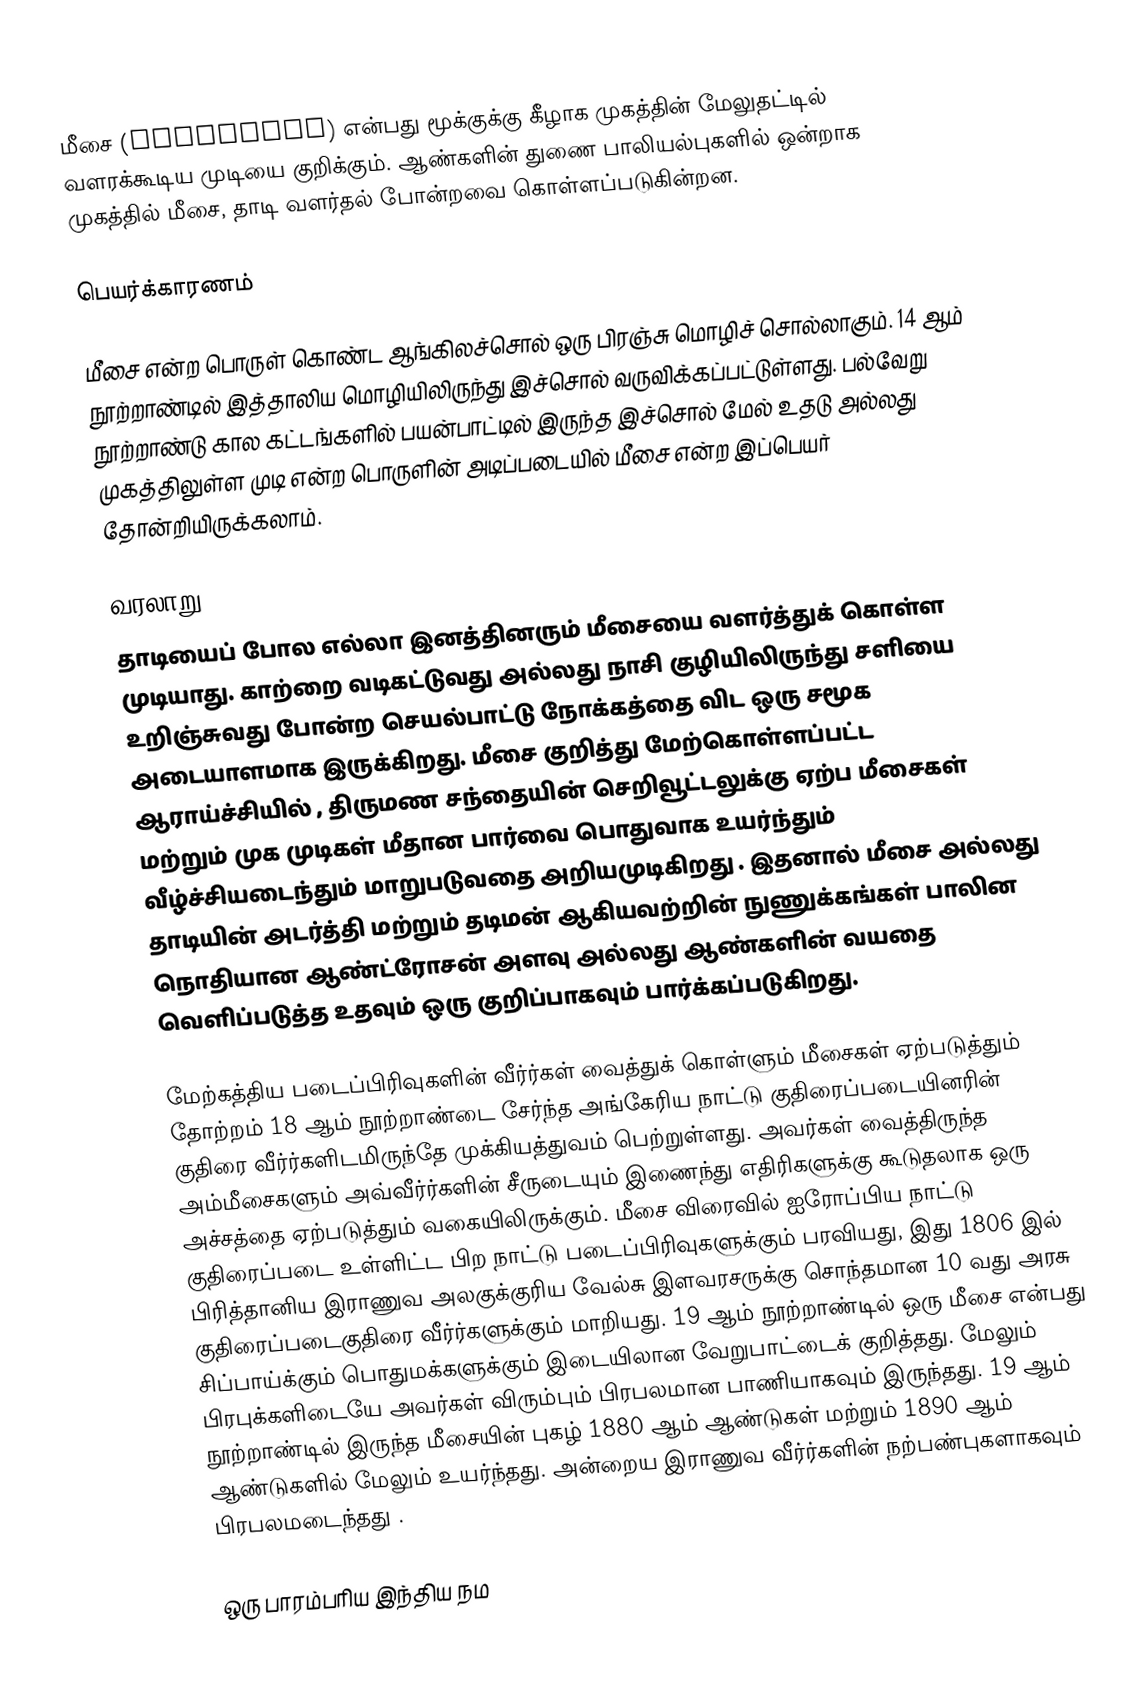
மீசை (Moustache) என்பது மூக்குக்கு கீழாக முகத்தின் மேலுதட்டில் வளரக்கூடிய முடியை குறிக்கும். ஆண்களின் துணை பாலியல்புகளில் ஒன்றாக முகத்தில் மீசை, தாடி வளர்தல் போன்றவை கொள்ளப்படுகின்றன.

பெயர்க்காரணம்

மீசை என்ற பொருள் கொண்ட ஆங்கிலச்சொல் ஒரு  பிரஞ்சு மொழிச் சொல்லாகும். 14 ஆம் நூற்றாண்டில் இத்தாலிய மொழியிலிருந்து இச்சொல் வருவிக்கப்பட்டுள்ளது. பல்வேறு நூற்றாண்டு கால கட்டங்களில் பயன்பாட்டில் இருந்த இச்சொல் மேல் உதடு அல்லது முகத்திலுள்ள முடி என்ற பொருளின் அடிப்படையில் மீசை என்ற இப்பெயர் தோன்றியிருக்கலாம்.

வரலாறு
தாடியைப் போல எல்லா இனத்தினரும் மீசையை வளர்த்துக் கொள்ள முடியாது. காற்றை வடிகட்டுவது அல்லது நாசி குழியிலிருந்து சளியை உறிஞ்சுவது போன்ற செயல்பாட்டு நோக்கத்தை விட ஒரு சமூக அடையாளமாக இருக்கிறது. மீசை குறித்து மேற்கொள்ளப்பட்ட ஆராய்ச்சியில்  , திருமண சந்தையின் செறிவூட்டலுக்கு ஏற்ப மீசைகள் மற்றும் முக முடிகள் மீதான பார்வை  பொதுவாக உயர்ந்தும் வீழ்ச்சியடைந்தும் மாறுபடுவதை அறியமுடிகிறது . இதனால் மீசை அல்லது தாடியின் அடர்த்தி மற்றும் தடிமன் ஆகியவற்றின் நுணுக்கங்கள் பாலின நொதியான ஆண்ட்ரோசன் அளவு அல்லது ஆண்களின் வயதை வெளிப்படுத்த உதவும் ஒரு குறிப்பாகவும் பார்க்கப்படுகிறது.

மேற்கத்திய படைப்பிரிவுகளின் வீர்ர்கள் வைத்துக் கொள்ளும் மீசைகள் ஏற்படுத்தும் தோற்றம் 18 ஆம் நூற்றாண்டை சேர்ந்த அங்கேரிய நாட்டு  குதிரைப்படையினரின் குதிரை வீர்ர்களிடமிருந்தே முக்கியத்துவம் பெற்றுள்ளது. அவர்கள் வைத்திருந்த அம்மீசைகளும் அவ்வீர்ர்களின் சீருடையும் இணைந்து எதிரிகளுக்கு கூடுதலாக ஒரு அச்சத்தை ஏற்படுத்தும் வகையிலிருக்கும். மீசை விரைவில் ஐரோப்பிய நாட்டு குதிரைப்படை உள்ளிட்ட பிற நாட்டு படைப்பிரிவுகளுக்கும் பரவியது, இது 1806 இல் பிரித்தானிய இராணுவ அலகுக்குரிய வேல்சு இளவரசருக்கு சொந்தமான  10 வது அரசு குதிரைப்படைகுதிரை வீர்ர்களுக்கும் மாறியது. 19 ஆம் நூற்றாண்டில் ஒரு மீசை என்பது சிப்பாய்க்கும் பொதுமக்களுக்கும் இடையிலான வேறுபாட்டைக் குறித்தது. மேலும் பிரபுக்களிடையே அவர்கள் விரும்பும் பிரபலமான பாணியாகவும் இருந்தது. 19 ஆம் நூற்றாண்டில் இருந்த மீசையின் புகழ் 1880 ஆம் ஆண்டுகள் மற்றும் 1890 ஆம் ஆண்டுகளில் மேலும்  உயர்ந்தது. அன்றைய இராணுவ வீர்ர்களின்  நற்பண்புகளாகவும் பிரபலமடைந்தது .

ஒரு பாரம்பரிய இந்திய நம